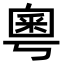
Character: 粵